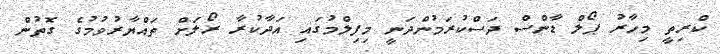
ކްރިތީ މިހާރު ޕޯލް ޑާންސް ދަސްކުރަމުންދަނީ މިފިލްމުގައި އަދާކުރާ ރޯލަށް ތައްޔާރުވުމުގެ ގޮތުން